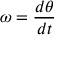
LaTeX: \omega = { \frac { d \theta } { d t } }